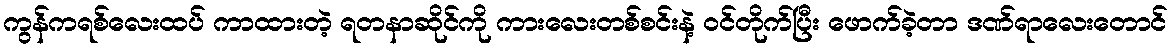
ကွန်ကရစ်လေးထပ် ကာထားတဲ့ ရတနာဆိုင်ကို ကားလေးတစ်စင်းနဲ့ ဝင်တိုက်ပြီး ဖောက်ခဲ့တာ ဒဏ်ရာလေးတောင်